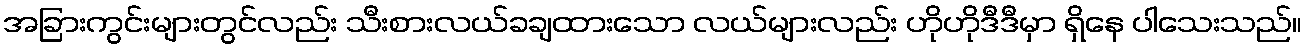
အခြားကွင်းများတွင်လည်း သီးစားလယ်ခချထားသော လယ်များလည်း ဟိုဟိုဒီဒီမှာ ရှိနေ ပါသေးသည်။